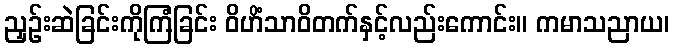
ညှဉ်းဆဲခြင်းကိုကြံခြင်း ဝိဟိံသာဝိတက်နှင့်လည်းကောင်း။ ကမာသညာယ၊